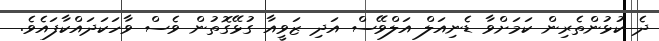
ދެ ކުޅުންތެރިން ކަމަށްވާ ޑެނިއަލް އަލްވޭސް އަދި ޒަވީއާ ގުޅޭގޮތުން ވެސް ވާހަކަދައްކާފައެވެ.